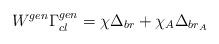
LaTeX: \begin{align*} W^{gen} \Gamma_{cl}^{gen} = \chi \Delta_{br} + \chi_A \Delta_{br_A}\end{align*}